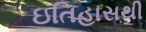
ઇતિહાસથી